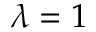
\lambda = 1